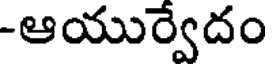
-ఆయుర్వేదం